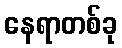
နေရာတစ်ခု